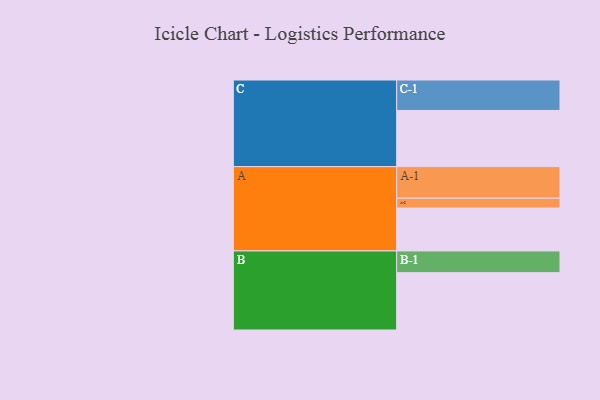
{"axis": {"x": "Segment", "y": "Value"}, "legend": ["", "A", "B", "C"], "data": [{"x": "A", "y": 369, "type": ""}, {"x": "B", "y": 494, "type": ""}, {"x": "C", "y": 484, "type": ""}, {"x": "A-1", "y": 272, "type": "A"}, {"x": "A-2", "y": 85, "type": "A"}, {"x": "B-1", "y": 187, "type": "B"}, {"x": "C-1", "y": 262, "type": "C"}]}